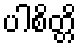
ပါစိတ္တိ